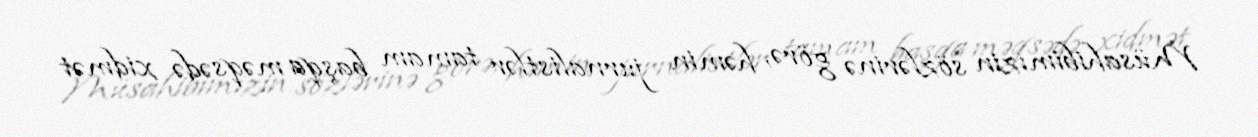
Müsahibimizin sözlərinə görə, həmin jurnalistlər tamam başqa məqsədə xidmət